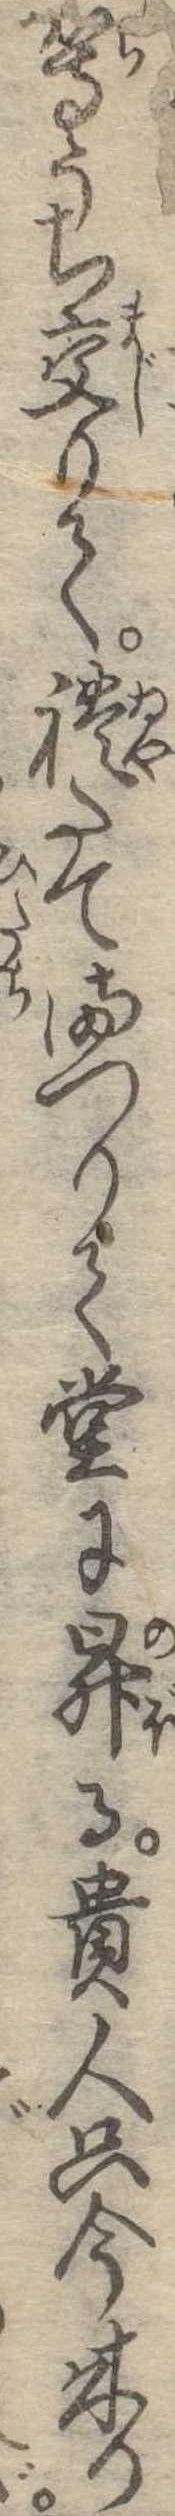
等うち交りて礼たてまつりて堂に昇る貴人只今来り